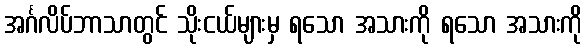
အင်္ဂလိပ်ဘာသာတွင် သိုးငယ်များမှ ရသော အသားကို ရသော အသားကို